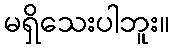
မရှိသေးပါဘူး။